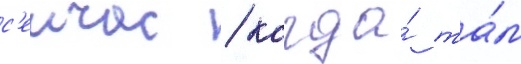
с'еичас / когда́ та́м